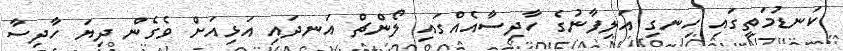
ކަނޑުމަތީގައި ހިނގި އަލިފާނުގެ ހާދިސާއެއްގައި ލޯންޗް އަނދައި އަޅިއަށް ވެގެން ދިޔަ ހާދިސާ